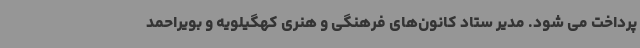
پرداخت می شود. مدیر ستاد کانون‌های فرهنگی و هنری کهگیلویه و بویراحمد